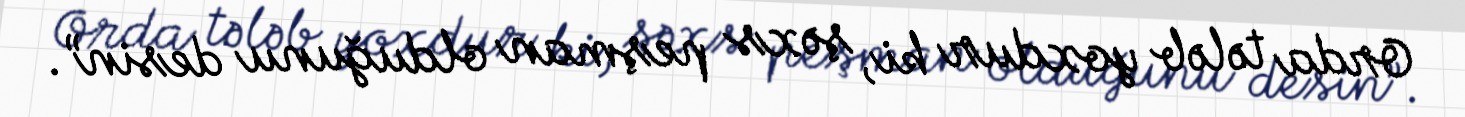
Orda tələb yoxdur ki, şəxs peşman olduğunu desin”.